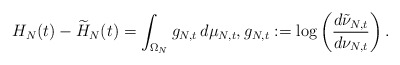
\begin{align*} H_N(t) - \widetilde H_N(t) = \int_{\Omega_N} g_{N,t}\,d\mu_{N,t}, g_{N,t}:=\log \left( \frac{d\tilde\nu_{N,t}}{d\nu_{N,t}} \right).\end{align*}